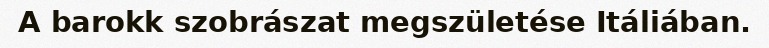
A barokk szobrászat megszületése Itáliában.